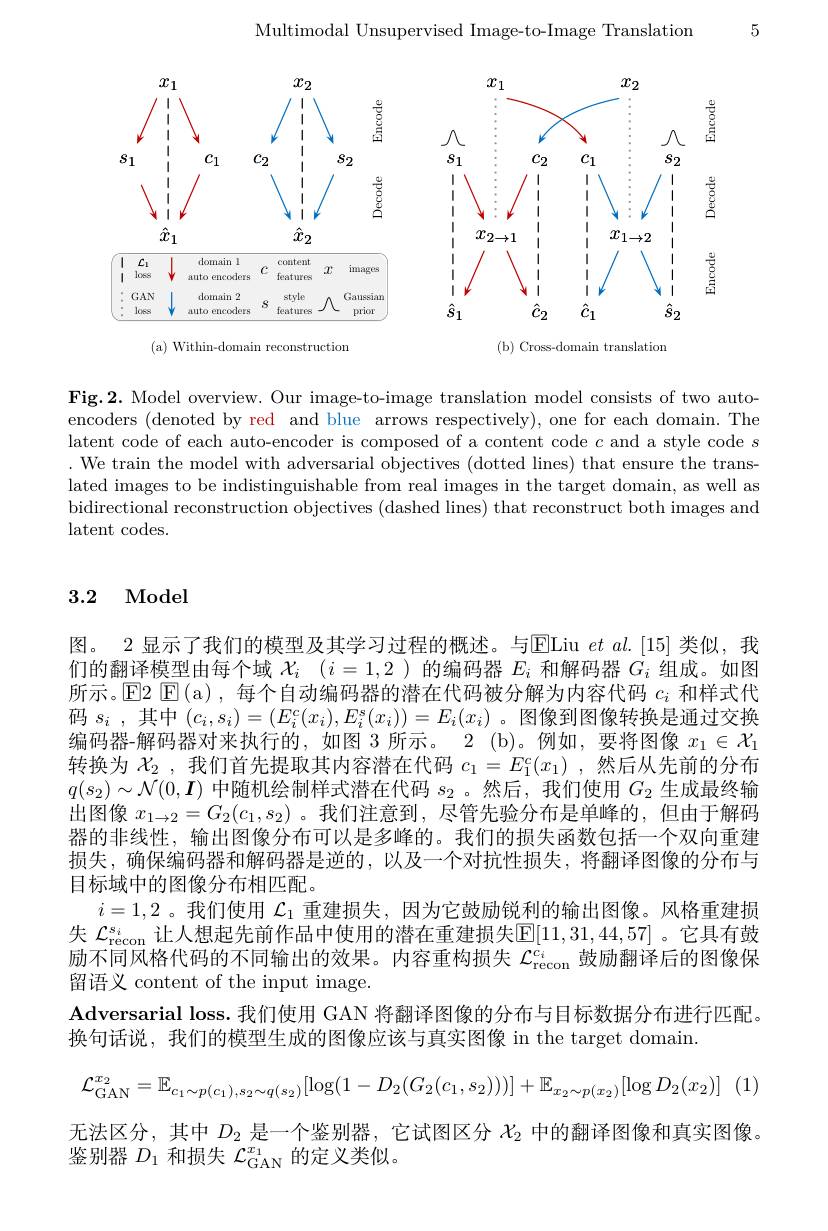
Multimodal Unsupervised Image-to-Image Translation

5

<FigureHere>

<FigureHere>

(a) Within-domain reconstruction

( b) Cross- domain translation

Fig.2. Model overview. Our image-to-image translation model consists of two autoencoders (denoted by red and blue arrows respectively), one for each domain. The latent code of each auto-encoder is composed of a content code $c$ and a style code $s$ We train the model with adversarial objectives (dotted lines) that ensure the translated images to be indistinguishable from real images in the target domain, as well as bidirectional reconstruction objectives (dashed lines) that reconstruct both images and latent codes.

## 3.2 Model

图。2 显示了我们的模型及其学习过程的概述。与ELiu et al.[15] 类似，我们的翻译模型由每个域$\mathcal{X} _i$ $( i= 1, 2$ )的编码器$E_i$和解码器$G_i$组成。如图所示。$\operatorname{E2}\operatorname{E}($a),每个自动编码器的潜在代码被分解为内容代码$c_i$和样式代码$s_{i}$ ,其中$(c_{i},s_{i})=(E_{i}^{c}(x_{i}),E_{i}^{s}(x_{i}))=E_{i}(x_{i})$ 。图像到图像转换是通过交换编码器-解码器对来执行的，如图 3 所示。2 (b)。例如，要将图像$x_1\in\mathcal{X}_1$ 转换为$\mathcal{X}_2$ ,我们首先提取其内容潜在代码$c_1=E_1^c(x_1)$ ,然后从先前的分布$q(s_{2})\sim\mathcal{N}(0,\boldsymbol{I})$中随机绘制样式潜在代码$s_2$ 。然后，我们使用$G_2$生成最终输出图像$x_1\to2=G_2(c_1,s_2)$ 。我们注意到，尽管先验分布是单峰的，但由于解码器的非线性，输出图像分布可以是多峰的。我们的损失函数包括一个双向重建损失，确保编码器和解码器是逆的，以及一个对抗性损失，将翻译图像的分布与目标域中的图像分布相匹配。
$i=1,2$ 。我们使用$\mathcal{L}_1$重建损失，因为它鼓励锐利的输出图像。风格重建损失 $\mathcal{L}_{\mathrm{recon}}^{s_i}$ 让人想起先前作品中使用的潜在重建损失$\mathbb{E}[11,31,44,57]$ 。它具有鼓励不同风格代码的不同输出的效果。内容重构损失$\mathcal{L}_\mathrm{recon}^{\dot{c_i}}$鼓励翻译后的图像保留语义 content of the input image.
Adversarial loss. 我们使用 GAN 将翻译图像的分布与目标数据分布进行匹配。
换句话说，我们的模型生成的图像应该与真实图像 in the target domain
$$\mathcal{L}_{\mathrm{GAN}}^{x_{2}}=\mathbb{E}_{c_{1}\sim p(c_{1}),s_{2}\sim q(s_{2})}[\log(1-D_{2}(G_{2}(c_{1},s_{2})))]+\mathbb{E}_{x_{2}\sim p(x_{2})}[\log D_{2}(x_{2})]$$
无法区分，其中$D_2$是一个鉴别器，它试图区分$\chi_{2}$中的翻译图像和真实图像。
鉴别器$D_1$和损失$\mathcal{L}_\mathrm{GAN}^{x_1}$的定义类似。